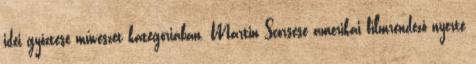
idei győztese művészet kategóriában. Martin Scorsese amerikai filmrendező nyerte